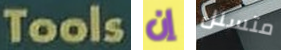
Tools إن متسلل